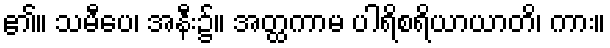
၏။ သမီပေ၊ အနီး၌။ အတ္ထကာမ ပါရိစရိယာယာတိ၊ ကား။